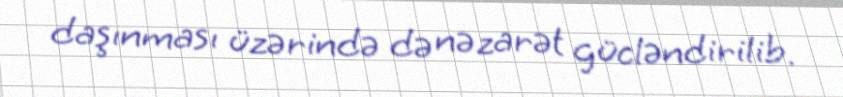
daşınması üzərində də nəzarət gücləndirilib.